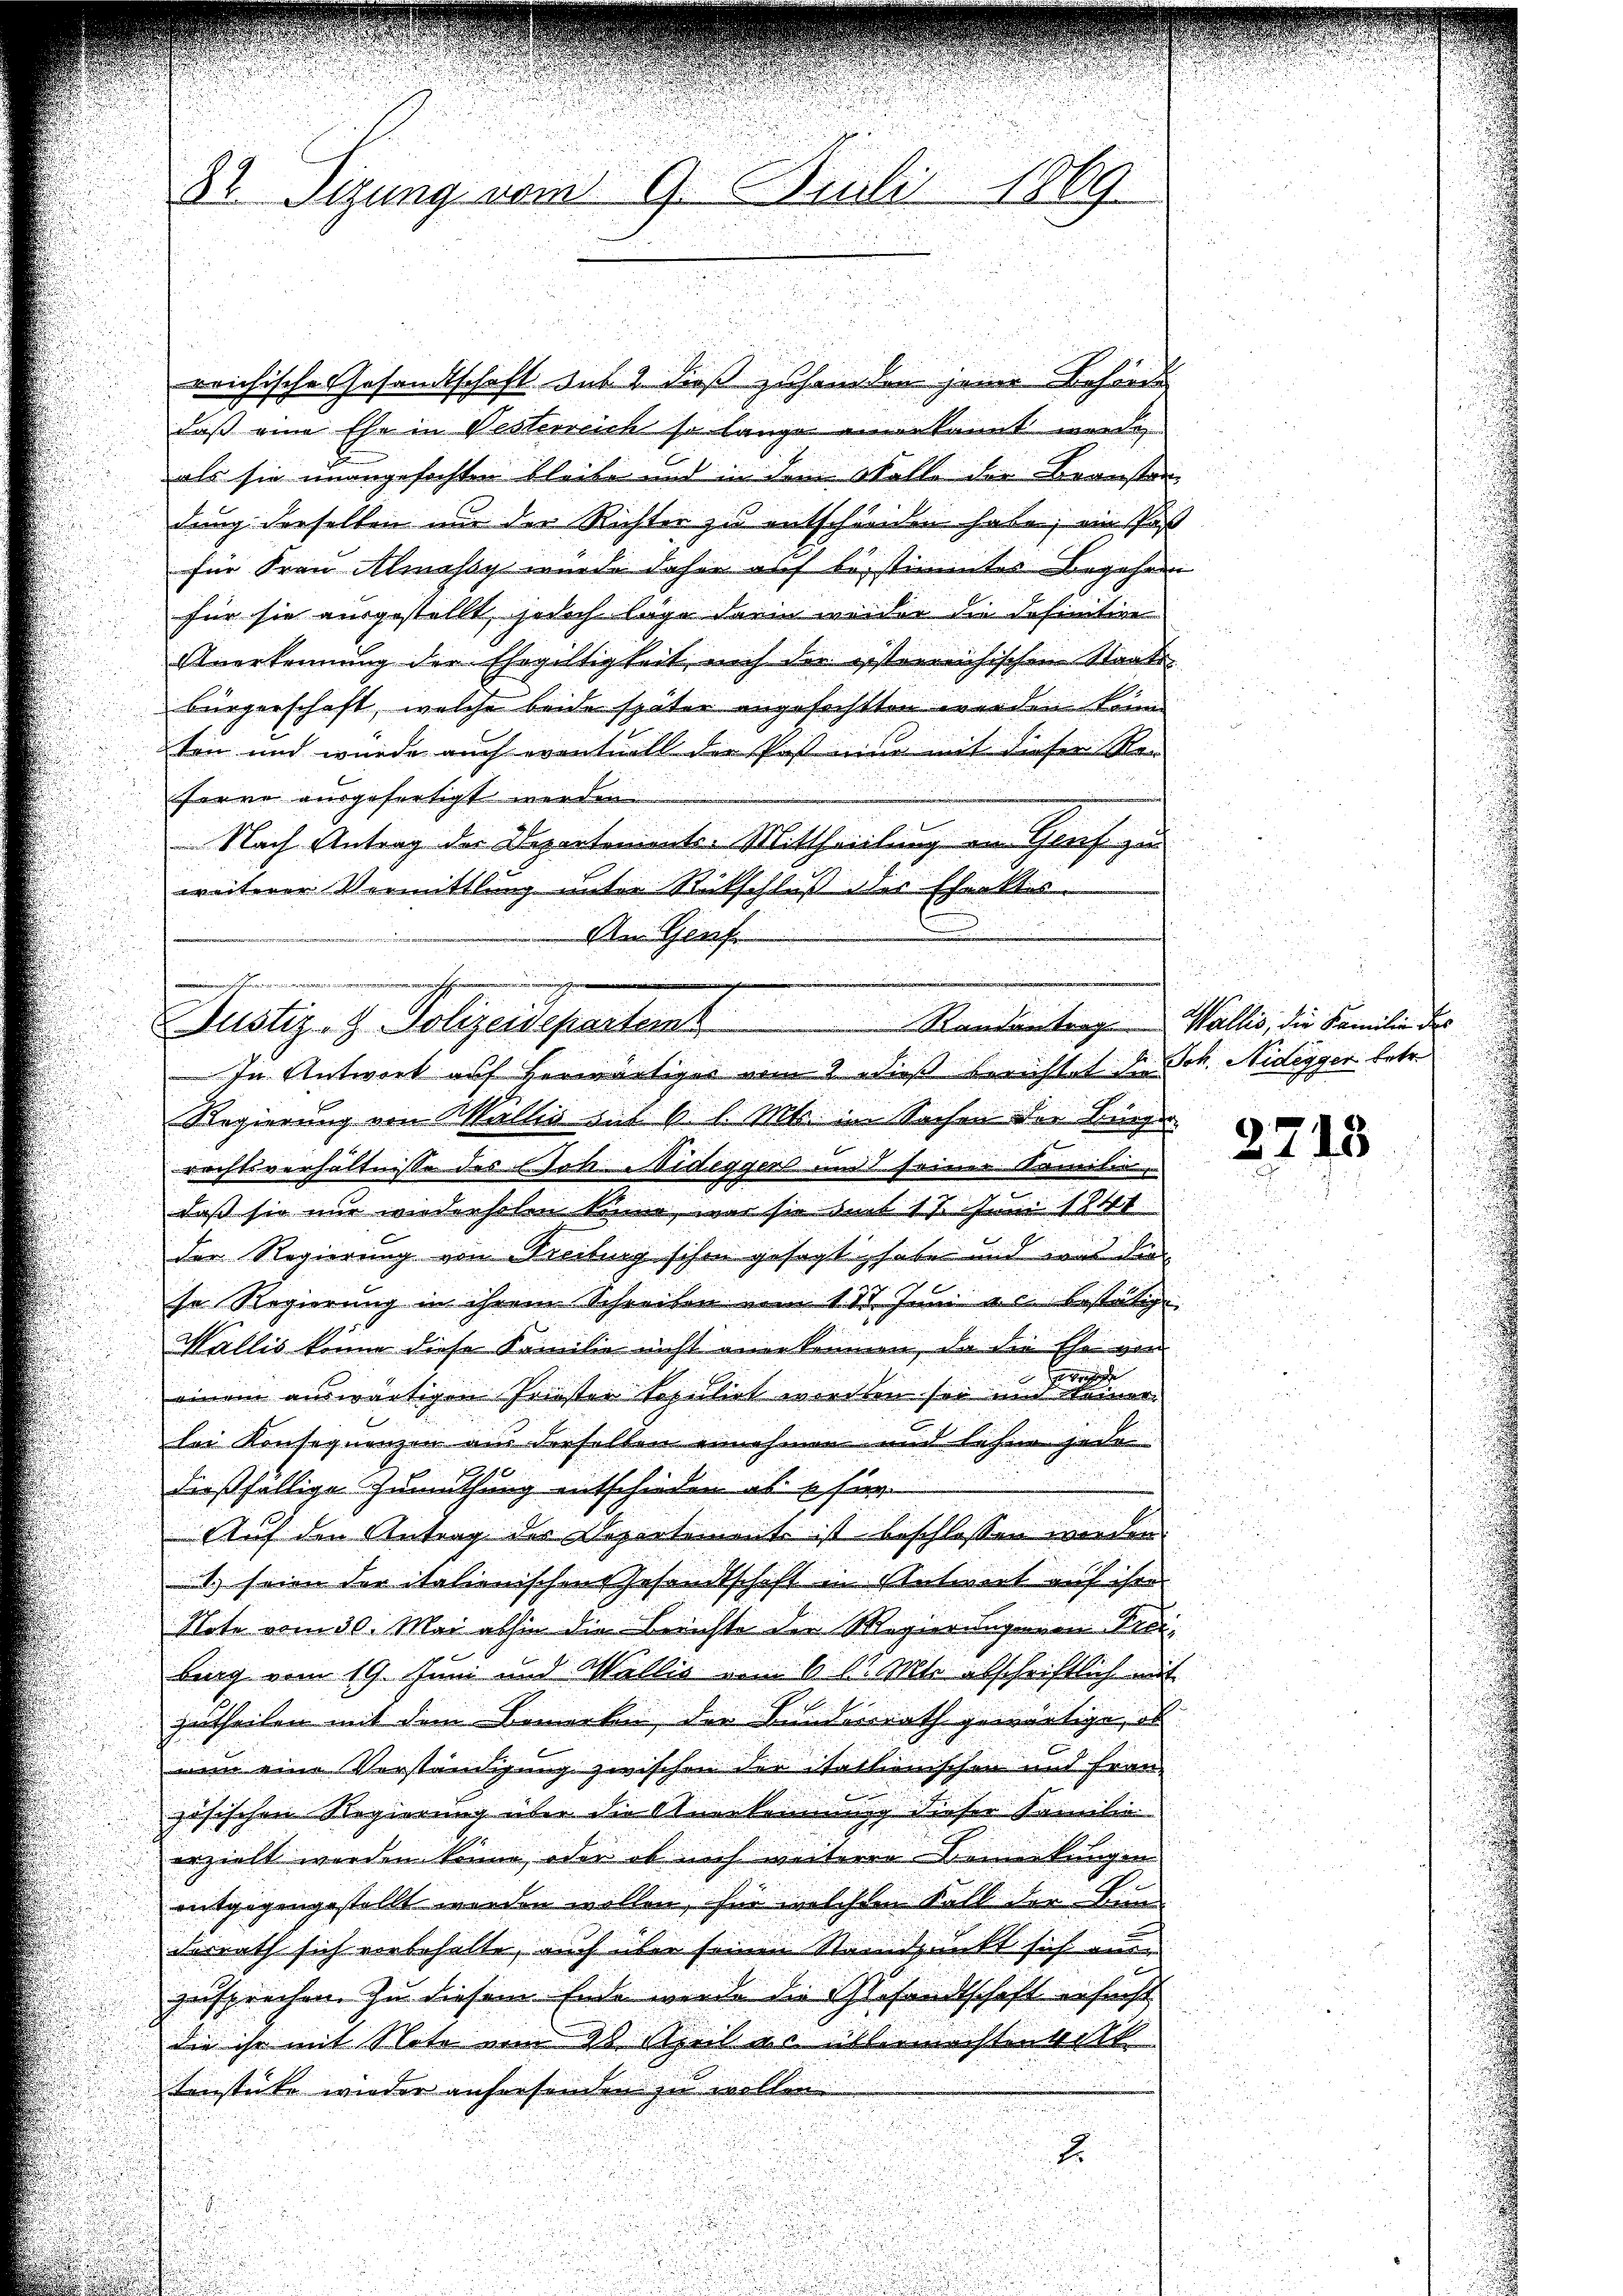
82 Sitzung vom 9. Juli 1869

reichisches Gesandtschaft sub 2 dieß zuhanden seine Behörde
daß eine Ehe in Vesterreich so lange einerkannt werde,
als sie unangefochten bleibe und in dem Wolle der Beanstan
dung derselben nur der Richter zu entschieden habe; ein Paß
für Frau Almassy wurde daher auf bestimmtes Begehren
für sie ausgestellt, jedoch läge darin weider die definitive
Anerkennung der Ehegiltigkeit mich der gesterreichischen Staats-
Bürgerschaft, welche beide später angefochtten werden könne
ten und wurde auch eventuell der Post eine mit dieser Ren
ferre ausgefertigt werden.
Nach Antrag der Departements-Mittheilung von Grafe zu
weiterer Vermittlung unter Rückschluß der Ehraktis
An Genf

werin ange
Justiz- & Polizeidepartamt

In Antwort auf herwärtiger vom 2. dieß berichtet die Joh. Nidegger betr.
Regierung von Wallis aus 6 l. Mts. in Sachen der Bürger
rechtsverhältnisse des Joh. Mideggers und seiner Familie
daß sie nur wiedersehen könne, was sie am 17. Juni 1841
der Regierung von Freibung schon gesagt habe und aus die
se Regierung in ihrem Schreiben vom 11. Juni a. c. bestätige
Wallis könne diese Familie nicht anerkennen, da die Ehe von
einem auswärtigen Priester sepulirt werden sei und er
lei Konsequenzen aus derselben annehmen und Lehnen jede
dießfällige Zumuthung entschieden ab u. für
Auf den Antrag der Departement ist beschlossen werden.
1. seien der italienischens Gesandtschaft in Antwort auf ihre
Note vom 30. Mai abhin die Berichte die Magiertagenen Freibing vom 19. Juni und Wallis vom 6 l. Mts. abschriftlich mit
zutheilen mit dem Bemerken, der Bundesrath gewärtige, ob
nun eine Verständigung zwischen der italtionischen und Frau-
zösischen Regierung über die Anerkennung dieser Familie
erzielt werden könne, oder ob mich weiteren Bemerkungen
entgegengestellt werden wollen, für welchem Fall der Lin
Ferrath sich vorbehalte, auch über seinen Standpunkt sich a
zusprechen zu diesem Ende wurde die Gesandtschaft ersucht
die ihr mit Note von 90 April es üblermachten tit.
tenstücke wieder anfersenden zu wollen.
E

Randantrag Wallis, die Familie des

2713